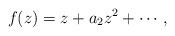
LaTeX: \begin{align*}f(z)=z+a_2 z^2 +\cdots,\end{align*}